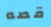
قصه